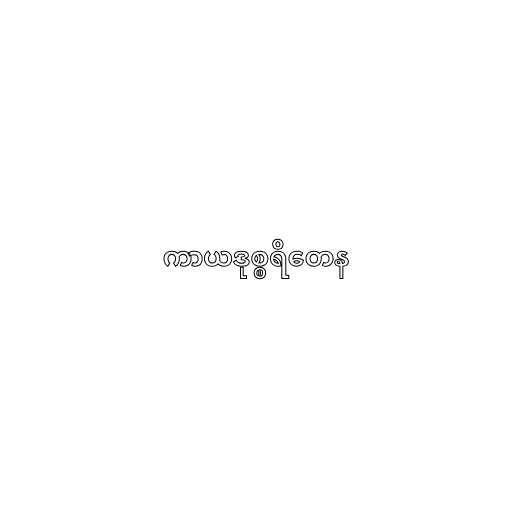
ကာယဒုစ္စရိတေန